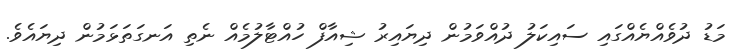
މަޑު ދުވެއްޔެއްގައި ސައިކަލު ދުއްވަމުން ދިޔައިރު ޝިއާފް ހުއްޓާލުމެއް ނެތި އަނގަތަޅަމުން ދިޔައެވެ.